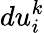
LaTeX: du_{i}^{k}